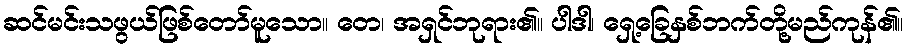
ဆင်မင်းသဖွယ်ဖြစ်တော်မူသော။ တေ၊ အရှင်ဘုရား၏။ ပါဒါ၊ ရှေ့ခြေနှစ်ဘက်တို့မည်ကုန်၏။